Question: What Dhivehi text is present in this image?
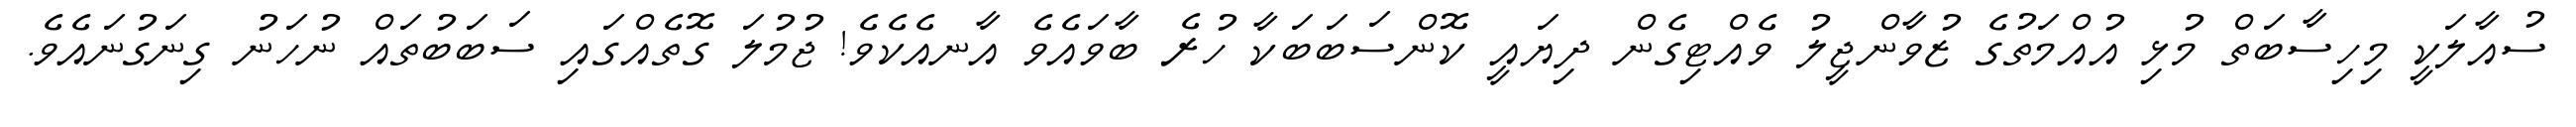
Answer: ސުއާލަކީ މިހިސާބަތް މުޅި އުއްމަތުގެ ޒުވާންޖީލު ވެއްޓިގެން ދިޔައީ ކޮންސަބަބަކާ ހުރެ ބާވައެވެ އާނއެކެވެ! ޖުމުލަ ގޮތެއްގައި ސަބަބުތައް ނުހަނު ގިނަގުނައެވެ.